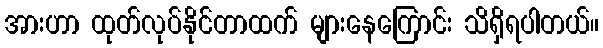
အားဟာ ထုတ်လုပ်နိုင်တာထက် များနေကြောင်း သိရှိရပါတယ်။